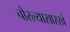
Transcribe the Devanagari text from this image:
चोरल्यासारखं